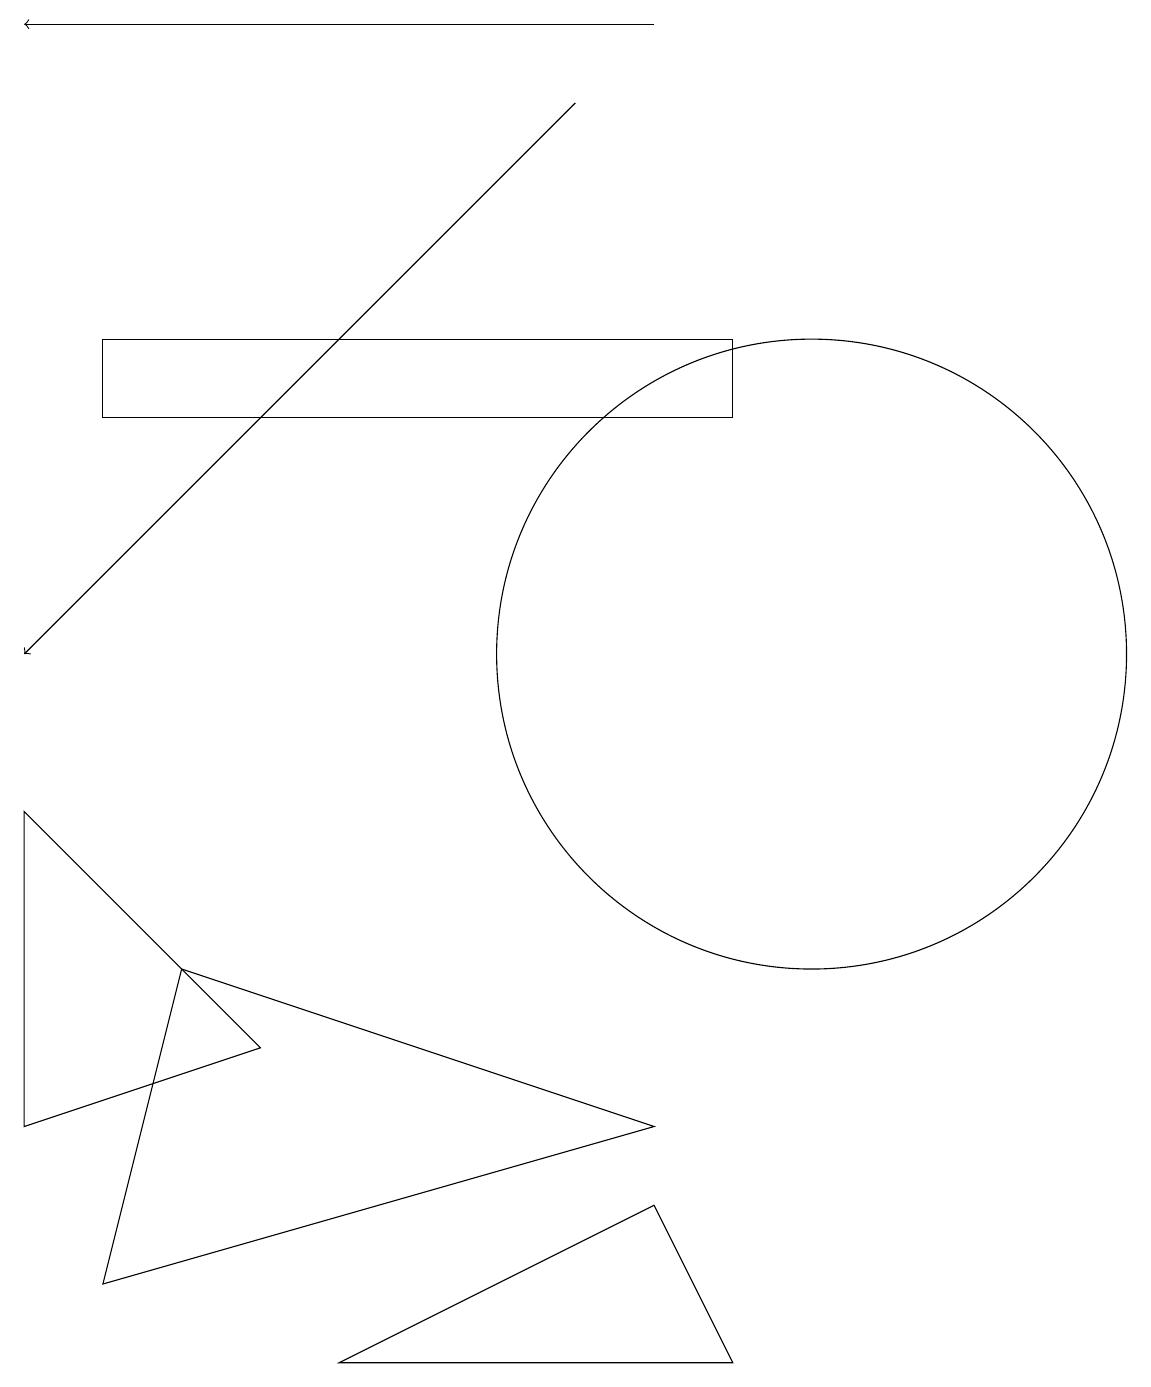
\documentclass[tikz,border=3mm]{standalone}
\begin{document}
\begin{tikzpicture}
\draw (9,1) -- (4,1) -- (8,3) -- cycle;
\draw (1,14) rectangle (9,13);
\draw (3,5) -- (0,8) -- (0,4) -- cycle;
\draw[->] (8,18) -- (0,18);
\draw (10,10) circle (4);
\draw (1,2) -- (8,4) -- (2,6) -- cycle;
\draw[->] (7,17) -- (0,10);
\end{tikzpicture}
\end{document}